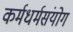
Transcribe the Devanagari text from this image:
कर्मधर्मसंयोग